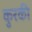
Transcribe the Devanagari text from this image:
कुरकी